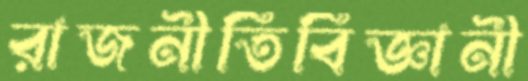
রাজনীতিবিজ্ঞানী